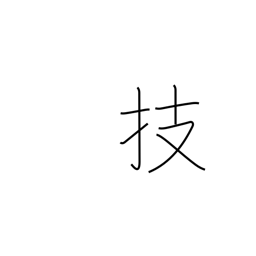
Meaning: arts